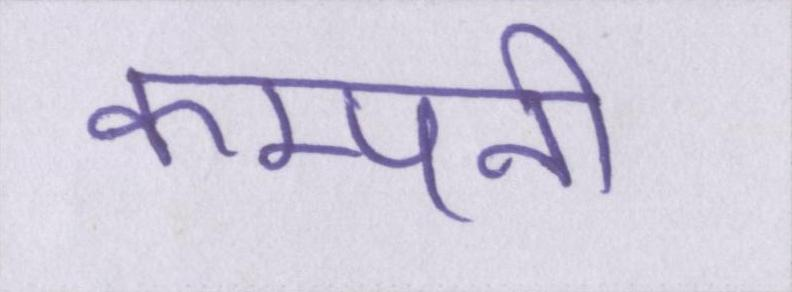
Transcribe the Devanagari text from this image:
कम्पनी